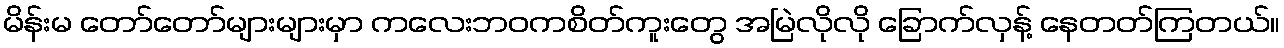
မိန်းမ တော်တော်များများမှာ ကလေးဘဝကစိတ်ကူးတွေ အမြဲလိုလို ခြောက်လှန့် နေတတ်ကြတယ်။